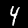
Digit: 4